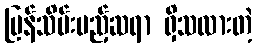
ပြန်သိမ်းမည့်ဆရာ ရှိသလားတဲ့